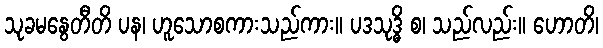
သုခမနွေတီတိ ပန၊ ဟူသောစကားသည်ကား။ ပဒသုဒ္ဓိ စ၊ သည်လည်း။ ဟောတိ၊